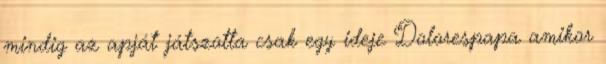
mindig az apját játszotta csak egy ideje Dolorespapa amikor